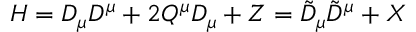
H = D _ { \mu } D ^ { \mu } + 2 Q ^ { \mu } D _ { \mu } + Z = \tilde { D } _ { \mu } \tilde { D } ^ { \mu } + X